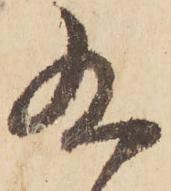
九